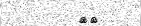
}{